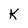
Character: K